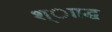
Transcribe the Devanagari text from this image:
श्ााद्ध